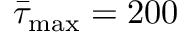
{ \bar { \tau } _ { \operatorname* { m a x } } } = 2 0 0